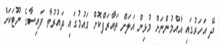
ދޭ އަހަރުގައި އާއްމުންނަށް މުޅިން އަލަށް ތައާރަފްކޮށް ގައުމުގައި ދައުރުވާ ފައިސާގެ ނޫޓަކަށް